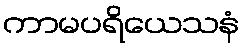
ကာမပရိယေသနံ